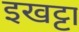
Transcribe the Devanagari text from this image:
इखट्टा